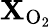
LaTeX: \mathbf{X}_{\mathrm{{O_{2}}}}